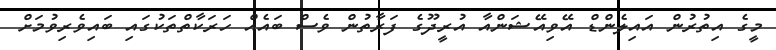
މީގެ އިތުރުން އައިލެންޑް އޭވިއޭޝަންއާ އުރީދޫގެ ފަރާތުން ވެސް ބައެއް ހަރަކާތްތަކުގައި ބައިވެރިވުމަށް